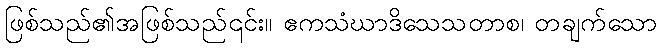
ဖြစ်သည်၏အဖြစ်သည်၎င်း။ ဧကသံဃာဒိသေသတာစ၊ တချက်သော